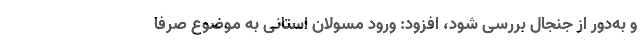
و به‌دور از جنجال بررسی شود، افزود: ورود مسولان استانی به موضوع صرفا